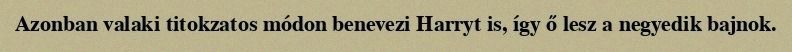
Azonban valaki titokzatos módon benevezi Harryt is, így ő lesz a negyedik bajnok.